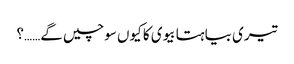
تیری بیاہتا بیوی کا کیوں سوچیں گے……؟